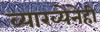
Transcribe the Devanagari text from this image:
व्याख्येनेही